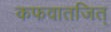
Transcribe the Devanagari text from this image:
कफवातजित्